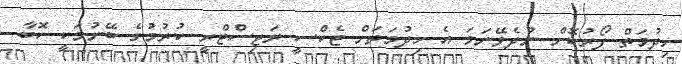
ހިދުމަތް ފޯރުކޮށް ނުދެވޭނަމަ އެ ހިދުމަތަށް ޓެކްސީ ރަޖިސްޓްރީ ކުރުމުގެ ބޭނުމަކީ ކޮބާ